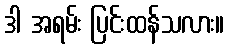
ဒါ အရမ်း ပြင်းထန်သလား။